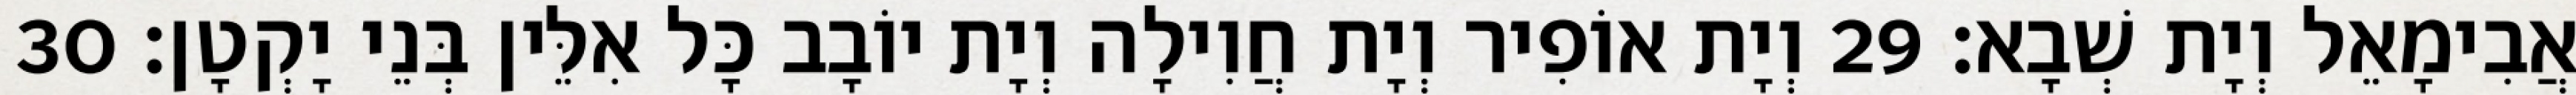
אֲבִימָאֵל וְיָת שְׁבָא׃ 29 וְיָת אוֹפִיר וְיָת חֲוִילָה וְיָת יוֹבָב כָּל אִלֵּין בְּנֵי יָקְטָן׃ 30